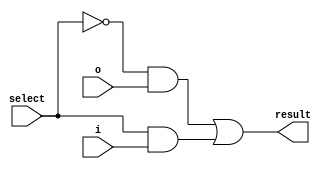
module muxII(result, i, o, select);
	input		i, o, select;
	output	result		;
	wire		n_select		;
	wire		[1:0]	and_r	;
	not	snt			(n_select, select);
	and	_o				(and_r[0], n_select, o);
	and	_i				(and_r[1], select, i);
	or		_ii			(result, and_r[0], and_r[1]);
endmodule